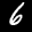
Label: 6